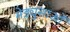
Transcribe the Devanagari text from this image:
मेड्युसाओं